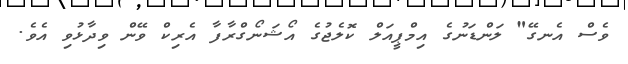
ވެސް އެނގޭ" ލަންޑަނުގެ އިމްޕީއަލް ކޮލެޖުގެ އޯޝަނޯގްރާފާ އެރިކް ވޭން ވިދާޅުވި އެވެ.